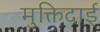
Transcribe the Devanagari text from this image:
मुक्तिदाई